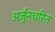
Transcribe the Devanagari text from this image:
अर्जुनचरित